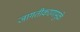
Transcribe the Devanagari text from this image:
जागतीकरणामुळे